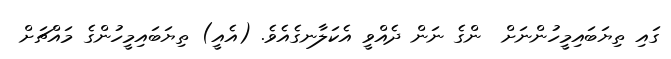
ގައި ތިޔަބައިމީހުންނަށް  ންގެ ނަން ދެއްވީ އެކަލާނގެއެވެ. (އެއީ) ތިޔަބައިމީހުންގެ މައްޗަށް